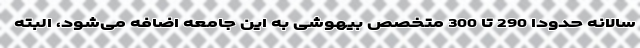
سالانه حدودا 290 تا 300 متخصص بیهوشی به این جامعه اضافه می‌شود، البته